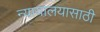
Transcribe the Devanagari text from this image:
न्यायालयासाठी